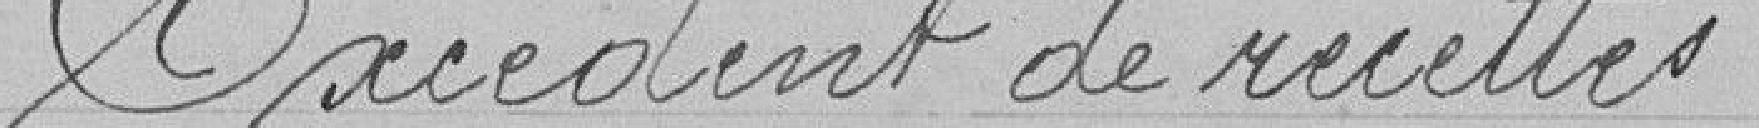
Excédent de recettes